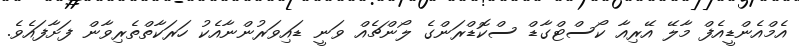
އެމްއެންޑީއެފް މާލޭ އޭރިއާ ކޯސްޓްގާޑް ސްކޮޑްރަންގެ ލޯންޗެއް ވަނީ ޑައިވަރުންނާއެކު ހަރަކާތްތެރިވާން ފަށާފައެވެ.